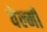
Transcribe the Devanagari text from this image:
वेल्मी